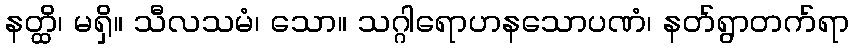
နတ္ထိ၊ မရှိ။ သီလသမံ၊ သော။ သဂ္ဂါရောဟနသောပဏံ၊ နတ်ရွာတက်ရာ